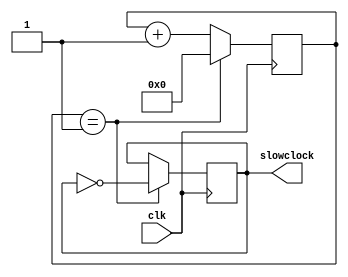
`timescale 1ns / 1ps



module Slowclock(
    input clk,
    output slowclock
    );
    
    reg [25:0] counter = 0;
    reg clockout = 0;
    
    always@(posedge clk)
    begin
    
        if( counter == 1)
        begin
            
            clockout <= !clockout;        
            counter <= 0;
            
        end
        else
            counter <= counter + 1;
    
    end
    
    assign slowclock = clockout;
    
endmodule